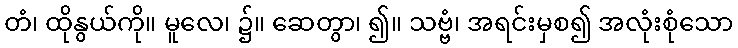
တံ၊ ထိုနွယ်ကို။ မူလေ၊ ၌။ ဆေတွာ၊ ၍။ သဗ္ဗံ၊ အရင်းမှစ၍ အလုံးစုံသော